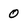
Character: 0